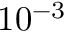
1 0 ^ { - 3 }